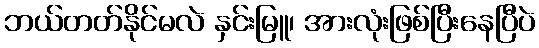
ဘယ်တတ်နိုင်မလဲ နှင်းမြူ၊ အားလုံးဖြစ်ပြီးနေပြီပဲ